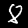
Label: 8